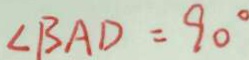
\angle B A D = 9 0 ^ { \circ }